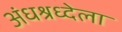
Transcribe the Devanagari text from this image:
अंधश्रध्देला